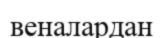
веналардан